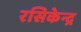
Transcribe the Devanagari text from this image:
रसिकेन्द्र